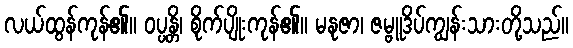
လယ်ထွန်ကုန်၏။ ဝပ္ပန္တိ၊ စိုက်ပျိုးကုန်၏။ မနုဇာ၊ ဇမ္ဗူဒိပ်ကျွန်းသားတို့သည်။